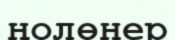
ңолөнер